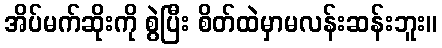
အိပ်မက်ဆိုးကို စွဲပြီး စိတ်ထဲမှာမလန်းဆန်းဘူး။